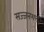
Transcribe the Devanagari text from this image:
सज्जनशक्ती